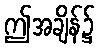
ဤအချိန်၌